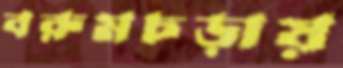
বরুমচড়ায়